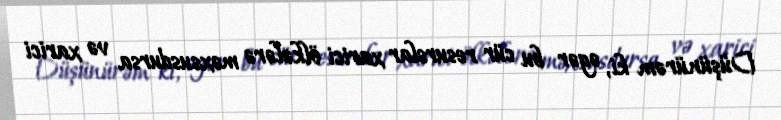
Düşünürəm ki, əgər bu cür resurslar xarici ölkələrə məxsusdursa və xarici